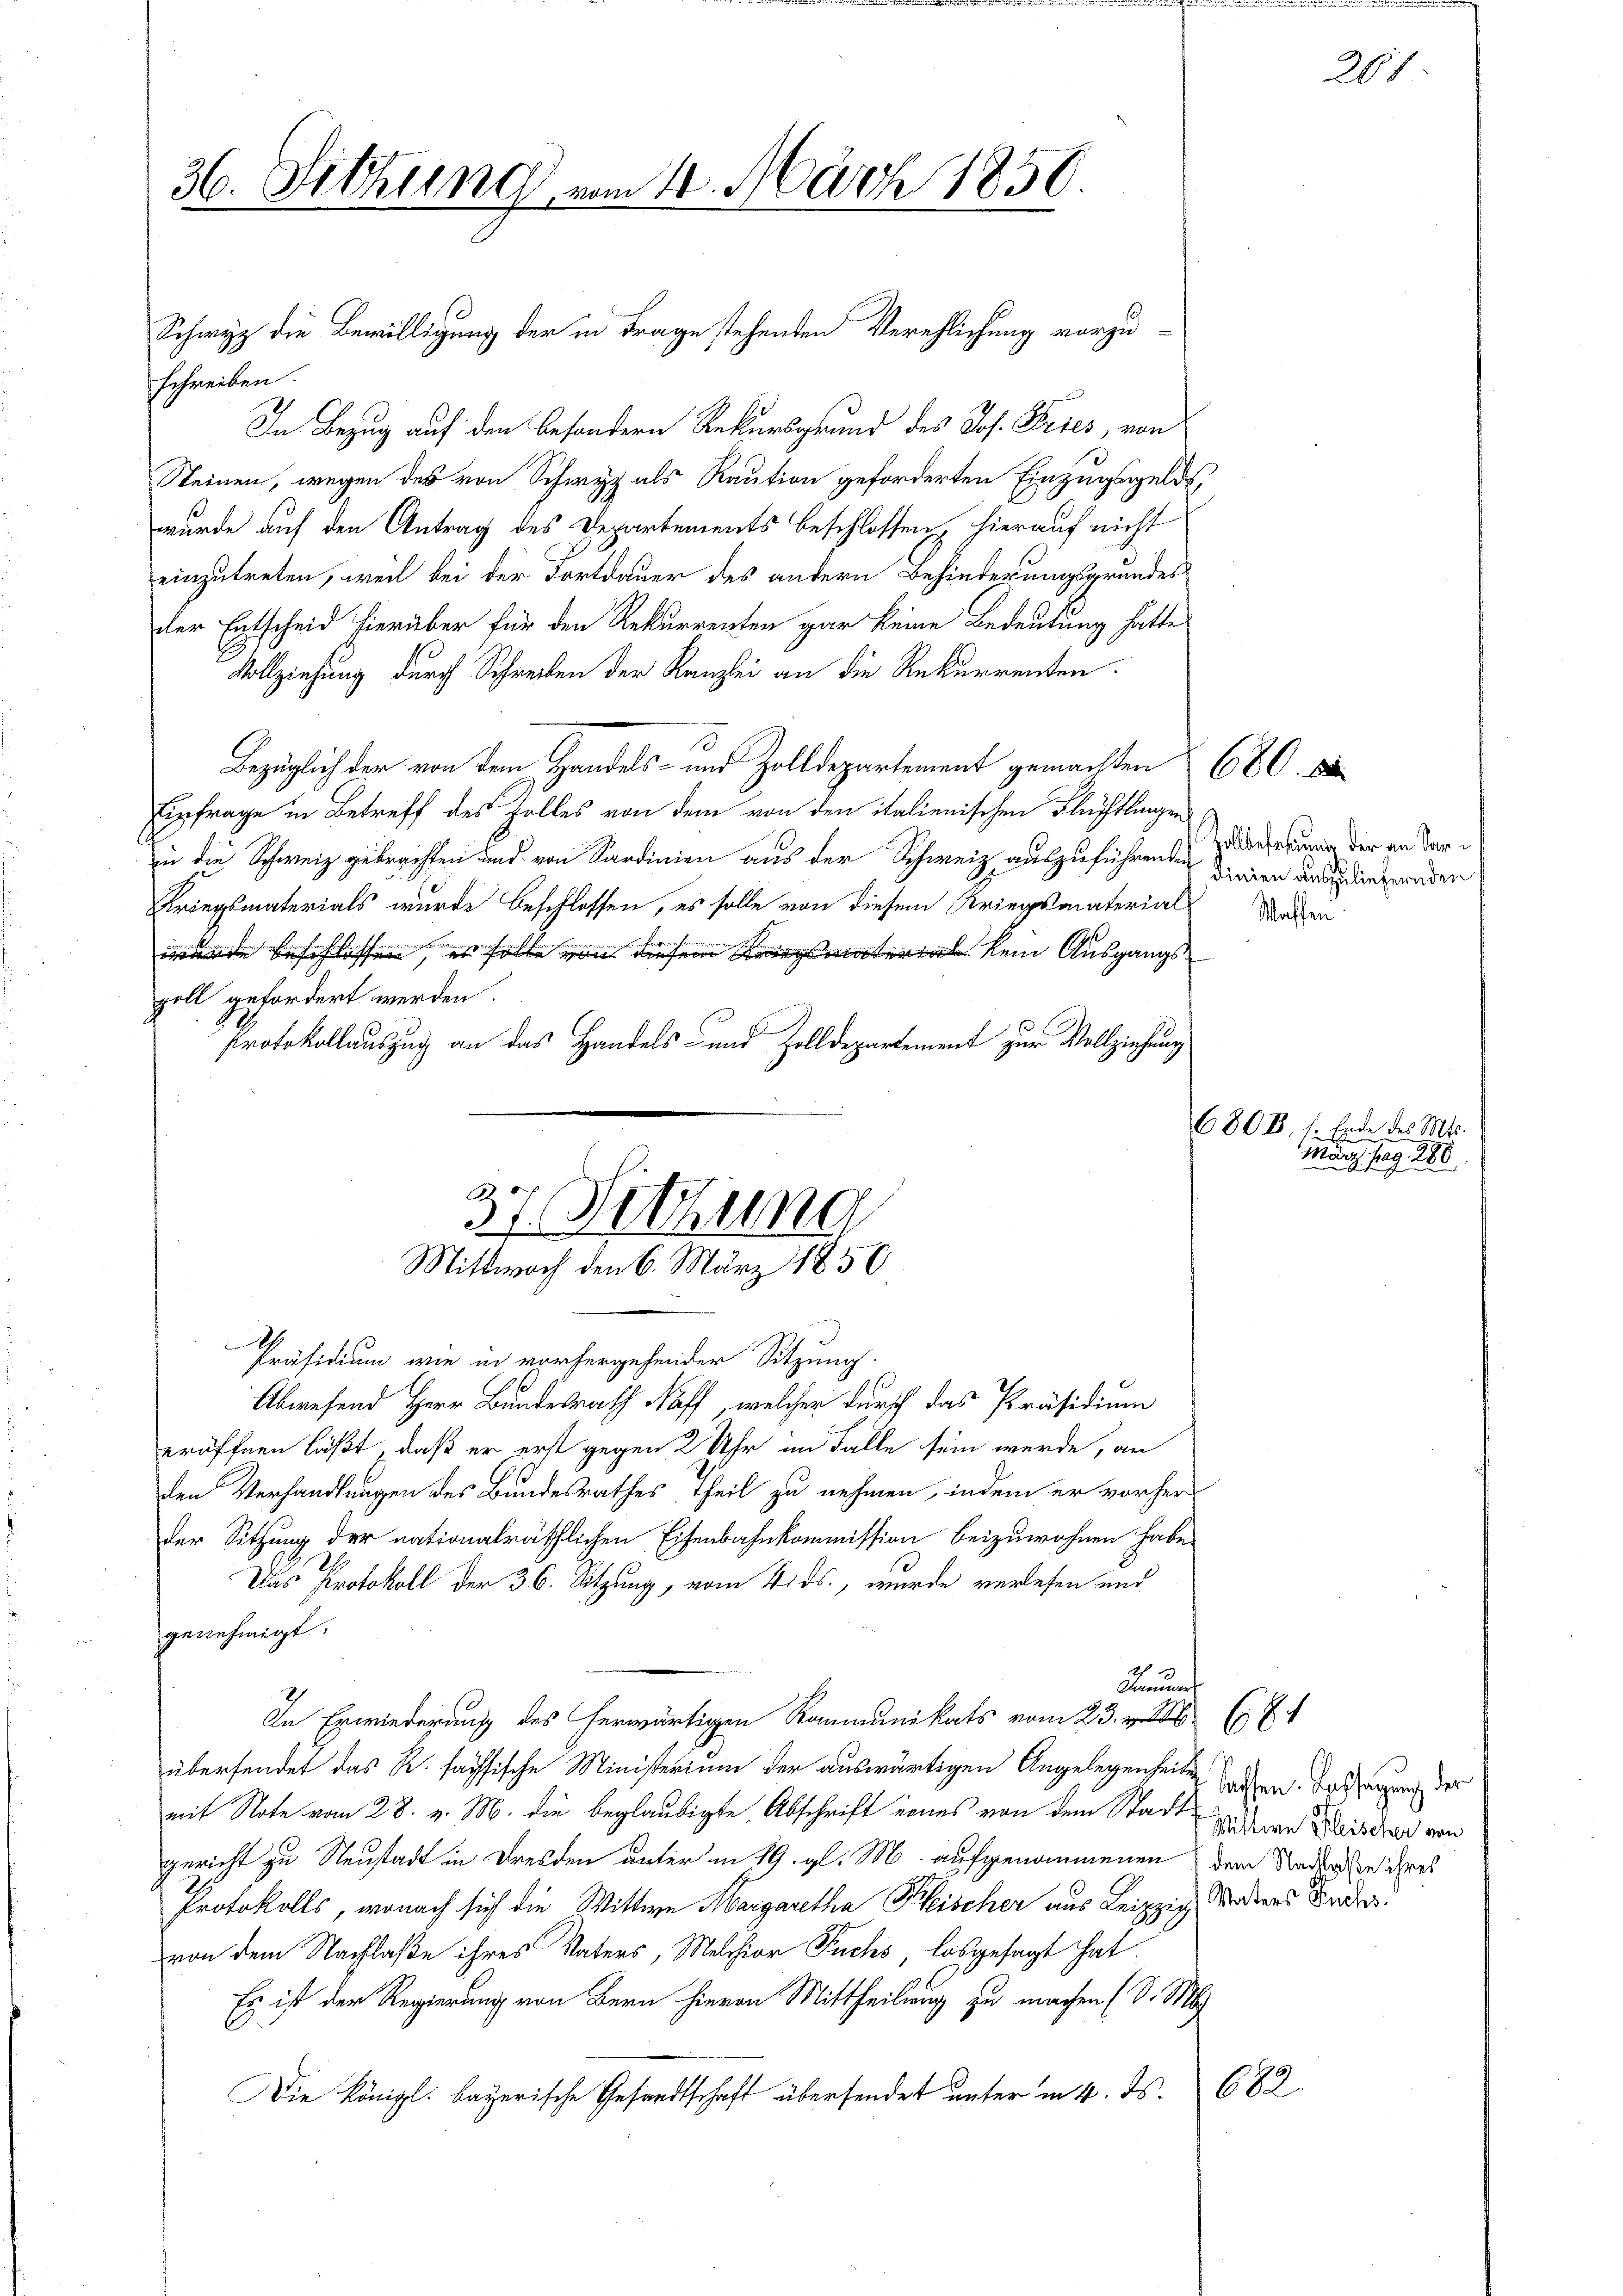
36. Sitzung vom 14. März 1850.

schreiben.
In Bezug auf den besondern Rekursgrund des Jos. Pries, von
Steinen, wegen des von Schwyz als Raution geforderten Einzugsgelds,
wurde auf den Antrag des Departements beschlossen, hierauf nicht
einzutreten, weil bei der Fortdauer des andern Behinderungsgrundes
der Entscheid hierüber für den Rekurrenten gar keine Bedeutung hatte
Vollziehung durch Schreiben der Kanzlei an die Rekurrenten.
Bezüglich der von dem Handels- und Zolldepartement gemachten 680. 8
Einfrage in Betreff des Holles von dem von den italienischen Flüchtlingen
zu die Schweiz gebrachten und von Sardinien aus der Schweiz auszuführenden dreien durch die geraden
Kriegsmaterials wurde beschlossen, es solle von diesem Kriegsmaterial-
wurde beschlossen, es solle von diesem Kriegsmaterial kein Ausgangs
zoll gefordert werden.
Protokollauszug an das Handels- und Zolldepartement zur Vollziehung

Präsidium wie in vorhergehender Sitzung.
Abwesend Herr Bundesrath Naff, welcher durch das Präsidium
eröffnen läßt, daß er erst gegen 2 Uhr im Falle sein werde, an
den Verhandlungen des Bundesrathes, theil zu nehmen, indem er vorher
der Sitzung der nationalräthlichen Eisenbahnkommission beizuwohnen habe.
Das Protokoll der 36. Sitzung, vom Wids., wurde verlesen und
genehmigt.
44
Januar
In Erwiederung des herwärtigen Kommunikats vom 23. 26 (17
übersendet das R. fachsische Ministerium der auswärtigen Angelegenheiten
mit Note vom 28. v. M. die beglaubigte Abschrift eines von dem Stadt Widerren Waiserar von
gericht zu Neustadt in Dresden unter in 19. gl. M. aufgenommenen dem Rader die ihres
Protokolls, wonach sich die Wittwe Margaretha Pfeischer aus Leipzig, sonderes Bede
von dem Nachlaße ihres Vaters, Melchior Fuchs, losgesagt hat.
Es ist der Regierung von Bern hievon Mittheilung zu machen (S. M
682.
Die Königl. bayerische Gesandtschaft übersendet unter in 4. ds.

Schweiz die Bewilligung der in Frage stehenden Verehlichung vorzu¬

37. Sitzung
Mittwoch den 6. März 1856

Zollbefehrung der an Sar¬
Staffen.

Sachsen. Kassagung der

261

6808, s. Ende des Mts.
March pag. 286.